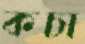
কচা